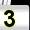
Digit: 3